Report of the veterinary officer investigating camel disease
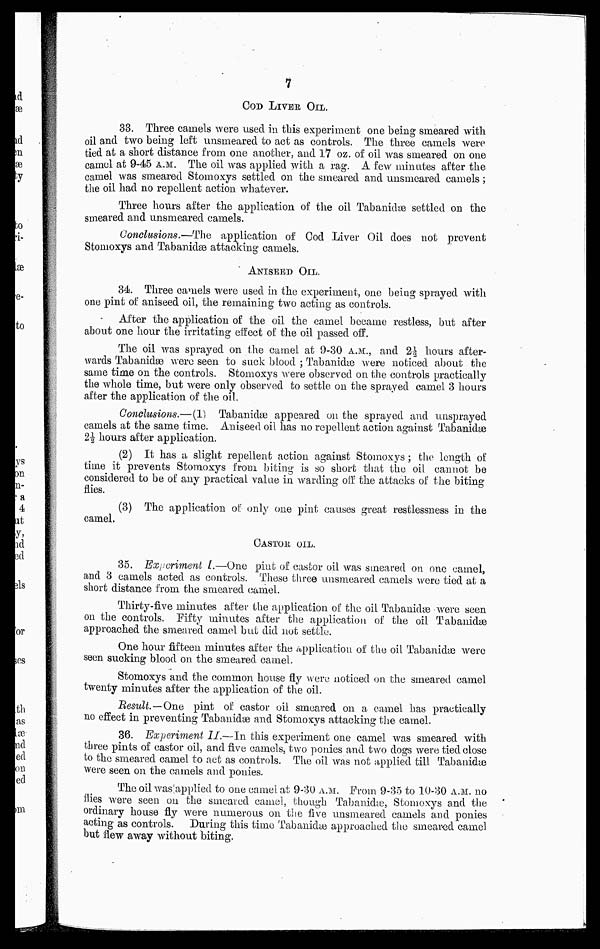
7
COD LIVER OIL.
33. Three camels were used in this experiment one being smeared with
oil and two being left unsmeared to act as controls. The three camels were
tied at a short distance from one another, and 17 oz. of oil was smeared on one
camel at 9-45 A.M.. The oil was applied with a rag. A few inmates after the
camel was smeared Stomoxys settled on the smeared and unsmeared camels ;
the oil had no repellent action whatever.
Three hours after the application of the oil Tabanidæ settled on the
smeared and unsmeared camels.
Conclusions.—The application of Cod Liver Oil does not prevent
Stomoxys and Tabanidæ attacking camels.
ANISEED OIL.
34. Three camels were used in the experiment, one being sprayed with
one pint of aniseed oil, the remaining two acting as controls.
After the application of the oil the camel became restless, but after
about one hour the irritating effect of the oil passed off.
The oil was sprayed on the camel at 9-30 A.M., and 2½ hours after-
wards Tabanidæ were seen to stick blood ; Tabanidæ were noticed about the
same time on the controls. Stomoxys were observed on the controls practically
the whole time, but were only observed to settle on the sprayed camel 3 hours
after the application of the oil.
Conclusions.—(1) Tabanidæ appeared on the sprayed and unsprayed
camels at the same time. Aniseed oil has no repellent action against Tabanidæ
2½ hours after application.
(2) It has a slight repellent action against Stomoxys ; the length of
time it prevents Stomoxys from biting is so short that the oil cannot be
considered to be of any practical value in warding off the attacks of the biting
flies.
(3) The application of only one pint causes great restlessness in the
camel.
CASTOR, OIL.
35. Experiment I.—One pint of castor oil was smeared on one camel,
and 3 camels acted as controls. These three unsmeared camels were tied at a
short distance from the smeared camel.
Thirty-five minutes after the application of the oil Tabanidæ were seen
on the controls. Fifty minutes after the application of the oil Tabanidæ
approached the smeared camel but did not settle.
One hour fifteen minutes after the application of the oil Tabanidæ were
seen sucking blood on the smeared camel.
Stomoxys and the common house fly were noticed on the smeared camel
twenty minutes after the application of the oil.
Result.—One pint of castor oil smeared on a camel has practically
no effect in preventing Tabanidæ and Stomoxys attacking the camel.
36. Experiment II.—In this experiment one camel was smeared with
three pints of castor oil, and five camels, two ponies and two dogs were tied close
to the smeared camel to act as controls. The oil was not applied till Tabanidæ
were seen on the camels and ponies.
The oil was applied to one camel at 9-30 A.M.. From 9-35 to 10-30 A.M.. no
flies were seen on the smeared camel, though Tabanichæ, Stomoxys and the
ordinary house fly were numerous on the five unsmeared camels and ponies
acting as controls. During this time Tabanidæ approached the smeared camel
but flew away without biting.